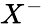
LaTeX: X^{-}